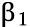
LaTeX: \upbeta_{1}